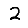
Digit: 2